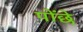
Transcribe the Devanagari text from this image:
पोंछे